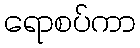
ရောစပ်ကာ